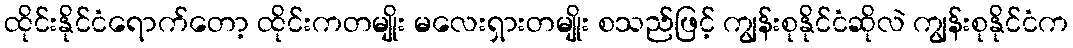
ထိုင်းနိုင်ငံရောက်တော့ ထိုင်းကတမျိုး မလေးရှားတမျိုး စသည်ဖြင့် ကျွန်းစုနိုင်ငံဆိုလဲ ကျွန်းစုနိုင်ငံက